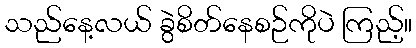
သည်နေ့လယ် ခွဲစိတ်နေစဉ်ကိုပဲ ကြည့်။